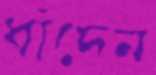
ধাঁদেন